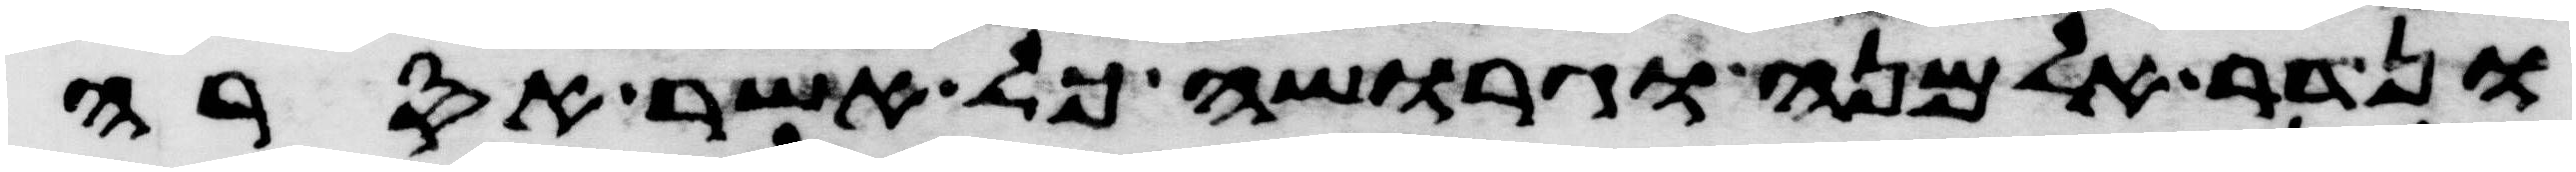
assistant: ונדר אלמנה וגרושה כל אשר אסרה